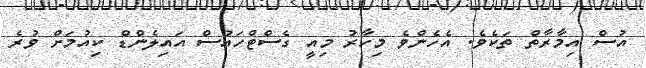
އުސް އިމާރާތް ތަކެވެ. އެހެންވެ މިހާރު މިއީ ގެސްޓްހައުސް އައިލެންޑް ކިއުމަށް ވުރެ